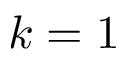
k = 1